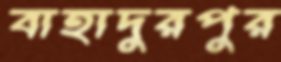
বাহাদুরপুর